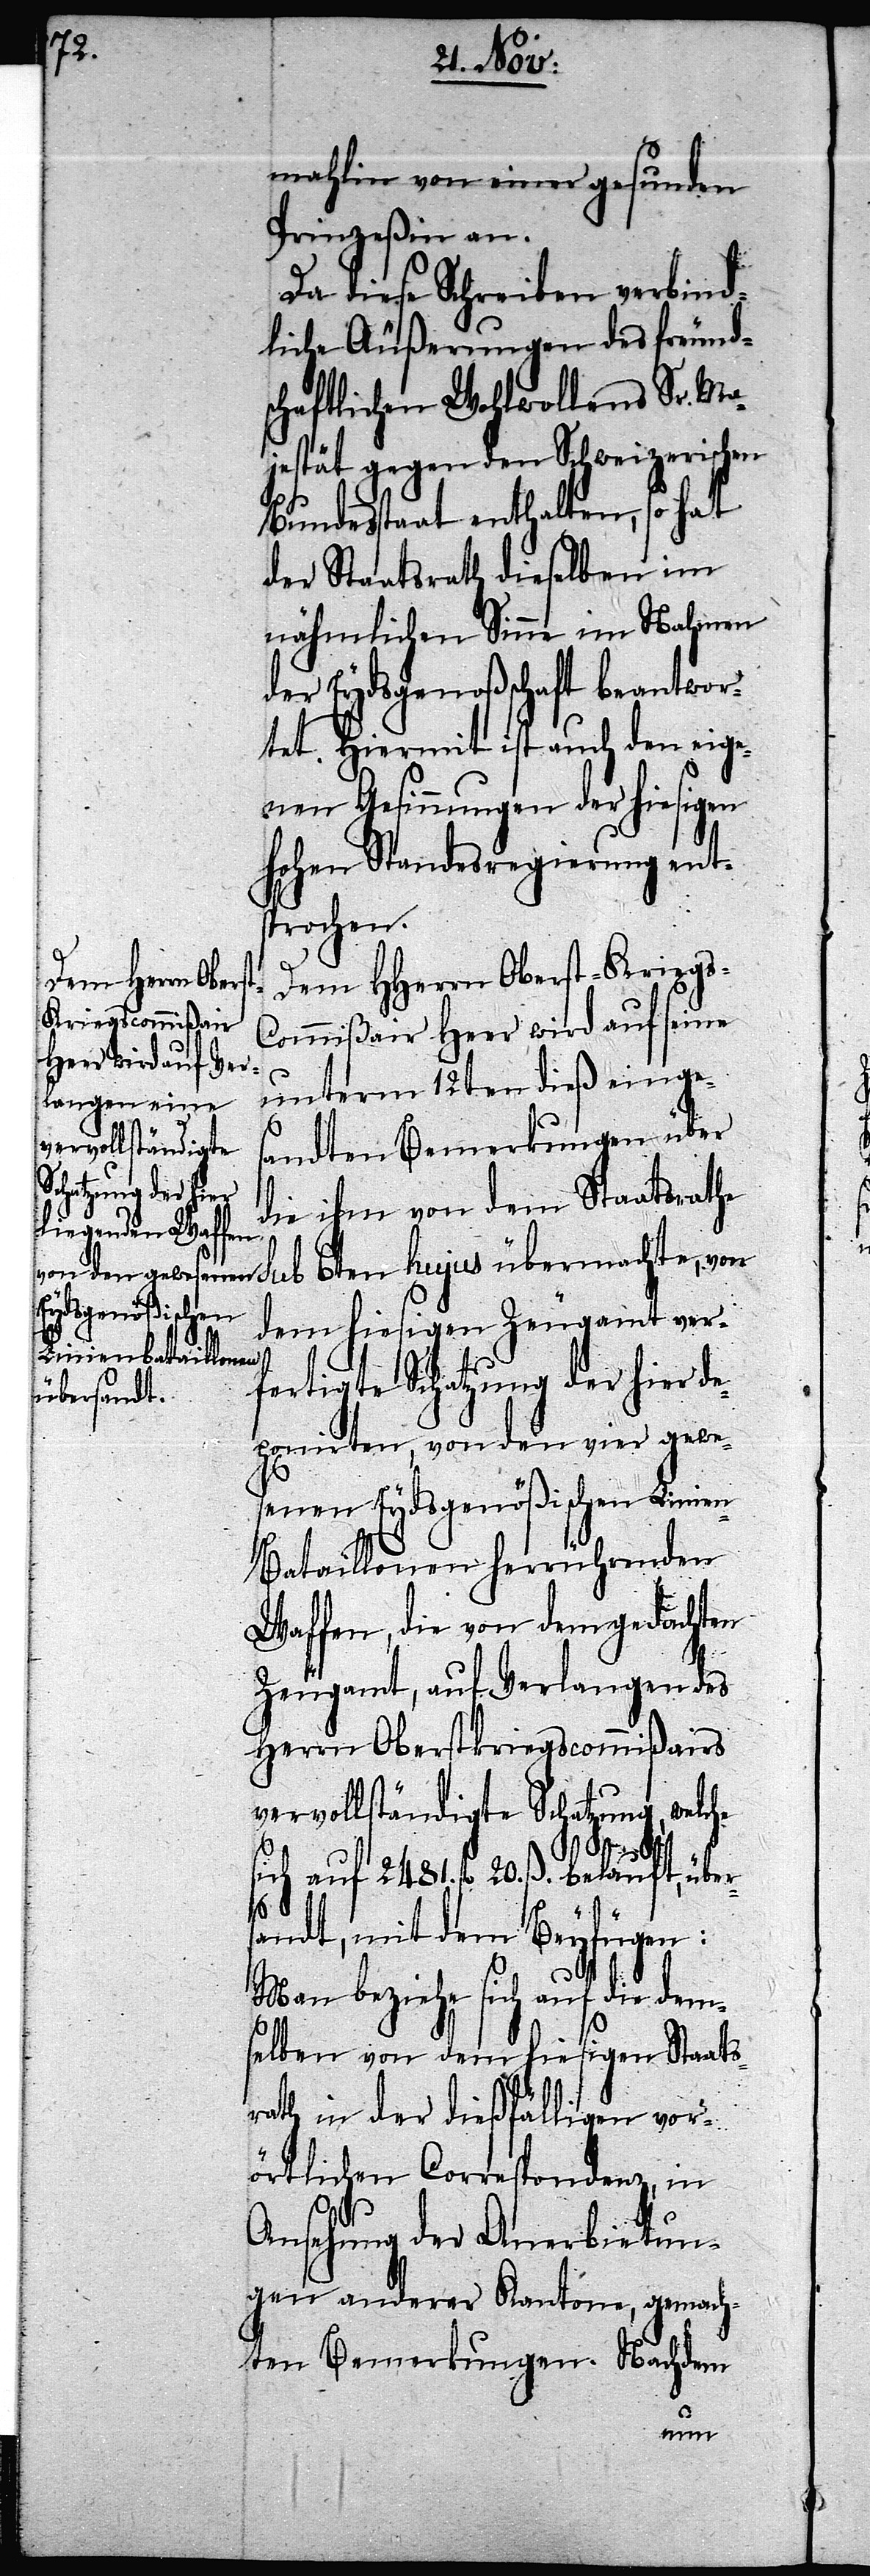
mahlin von einer gesunden
Prinzeßin an.
Da diese Schreiben verbind¬
liche Äußerungen des freund¬
schaftlichen Wohlwollens Sr. Ma¬
jestät gegen den Schweizerischen
Bundesstaat enthalten, so hat
der Staatsrath dieselben im
nähmlichen Sinne im Nahmen
der Eydsgenoßenschaft beantwor¬
tet. Hiermit ist auch den eige¬
nen Gesinnungen der hiesigen
Hohen Standesregierung ent¬
sprochen.
Dem HHerrn Oberst-Kriegs-C¬
ommißair Heer wird auf seine
unterm 12ten dieß einges¬
andten Bemerkungen über
die ihm von dem Staatsrath¬
e sub 6ten hujus übermachte, von
dem hiesigen Zeugamt ver¬
fertigte Schatzung der hier de¬
ponirten, von den vier gewe¬
senen Eydsgenößischen Linien-B¬
ataillonen herrührenden
Waffen, die von dem gedachten
Zeugamt, auf Verlangen des
Herrn Oberstkriegscommißairs
vervollständigte Schatzung, welche
sich auf 2481. fl. 20. ß. belauft, über¬
sandt, mit dem Beyfügen:
Man beziehe sich auf die dem¬
selben von dem hiesigen Staats¬
rath in der dießfälligen vor¬
örtlichen Correspondenz, in
Ansehung der Anerbietun¬
gen anderer Kantone, gemach¬
ten Bemerkungen. Nachdem